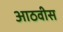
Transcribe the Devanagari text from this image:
आठवीस